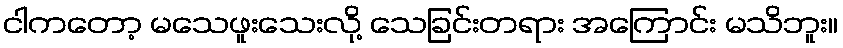
ငါကတော့ မသေဖူးသေးလို့ သေခြင်းတရား အကြောင်း မသိဘူး။